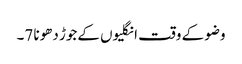
وضو کے وقت انگلیوں کےجوڑ دھونا 7۔